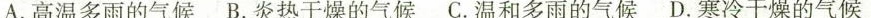
A.高温多雨的气候 B.炎热干燥的气候 C.温和多雨的气候 D.寒冷干燥的气候